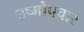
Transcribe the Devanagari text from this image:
उष्मोपचार